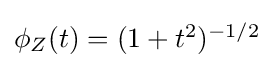
{\textstyle \phi _{Z}(t)=(1+t^{2})^{-1/2}}